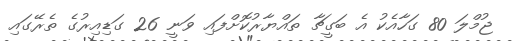
ޖުމްލަ 80 ގަހާއެކު އެ ބަގީޗާ ތައްޔާރުކޮށްފައި ވަނީ 26 ގަޑިއިރުގެ ތެރޭގައި